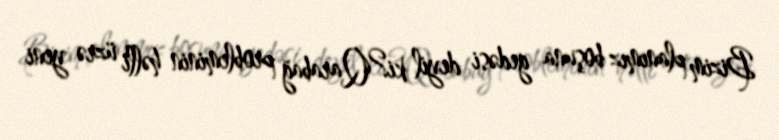
Bizim planımız boşuna gedəsi deyil ki?Qarabağ probleminin həlli üzrə yeni